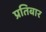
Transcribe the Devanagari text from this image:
प्रतिबार